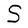
Character: S